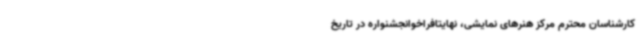
کارشناسان محترم مرکز هنرهای نمایشی، نهایتاًفراخوانجشنواره در تاریخ